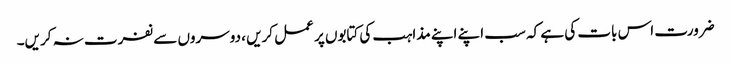
ضرورت اس بات کی ہے کہ سب اپنے اپنے مذاہب کی کتابوں پر عمل کریں ، دوسروں سے نفرت نہ کریں۔